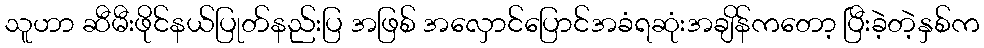
သူဟာ ဆီမီးဖိုင်နယ်ပြုတ်နည်းပြ အဖြစ် အလှောင်ပြောင်အခံရဆုံးအချိန်ကတော့ ပြီးခဲ့တဲ့နှစ်က